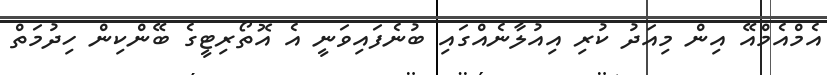
އެމްއެމްއޭ އިން މިއަދު ކުރި އިއުލާނެއްގައި ބުނެފައިވަނީ އެ އޮތޯރިޓީގެ ބޭންކިން ހިދުމަތް